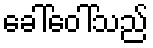
ခေါ်ဝေါ်သည်